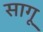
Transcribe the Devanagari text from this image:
सागू